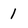
Character: 1